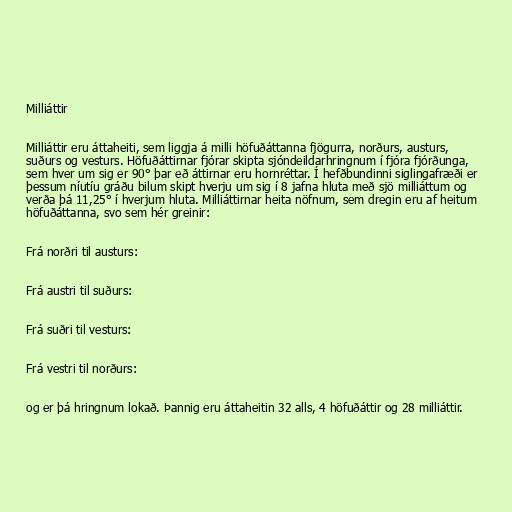
Milliáttir

Milliáttir eru áttaheiti, sem liggja á milli höfuðáttanna fjögurra, norðurs, austurs,
suðurs og vesturs. Höfuðáttirnar fjórar skipta sjóndeildarhringnum í fjóra fjórðunga,
sem hver um sig er 90° þar eð áttirnar eru hornréttar. Í hefðbundinni siglingafræði er
þessum níutíu gráðu bilum skipt hverju um sig í 8 jafna hluta með sjö milliáttum og
verða þá 11,25° í hverjum hluta. Milliáttirnar heita nöfnum, sem dregin eru af heitum
höfuðáttanna, svo sem hér greinir:

Frá norðri til austurs:

Frá austri til suðurs:

Frá suðri til vesturs:

Frá vestri til norðurs:

og er þá hringnum lokað. Þannig eru áttaheitin 32 alls, 4 höfuðáttir og 28 milliáttir.